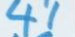
41